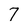
Character: 7